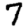
Digit: 7